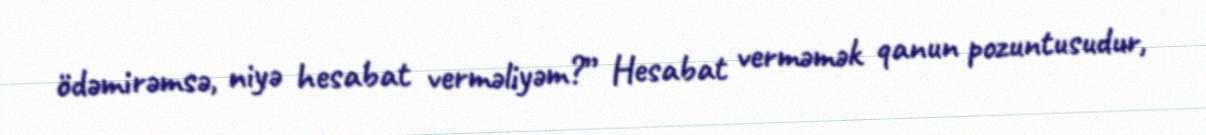
ödəmirəmsə, niyə hesabat verməliyəm?” Hesabat verməmək qanun pozuntusudur,